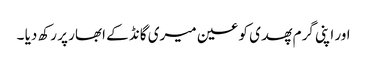
اور اپنی گرم پھدی کو عین میری گانڈ کے ابھار پر رکھ دیا ۔